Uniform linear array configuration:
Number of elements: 64
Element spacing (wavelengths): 0.25
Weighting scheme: exponential
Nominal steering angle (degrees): -15
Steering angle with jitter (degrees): -13.756
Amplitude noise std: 0.05
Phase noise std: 0.05

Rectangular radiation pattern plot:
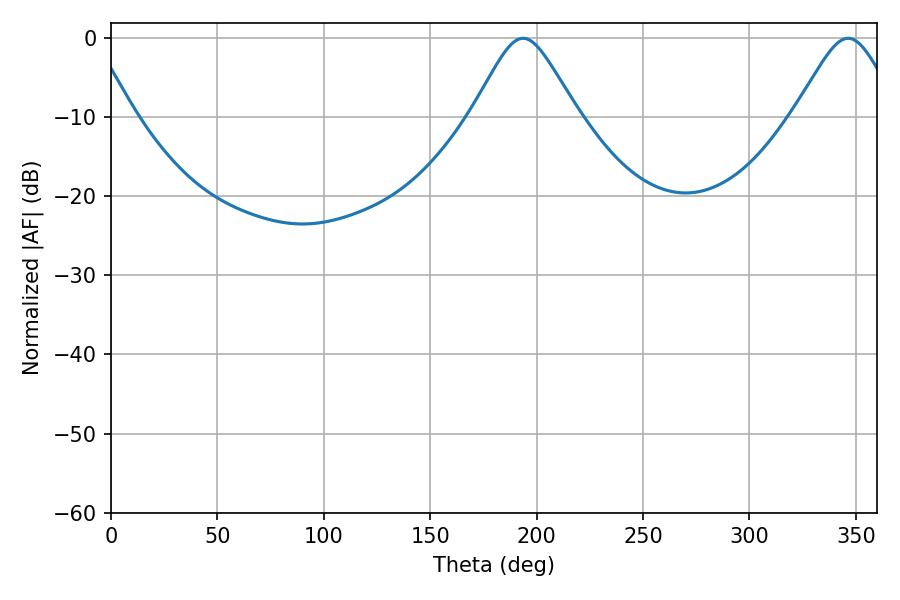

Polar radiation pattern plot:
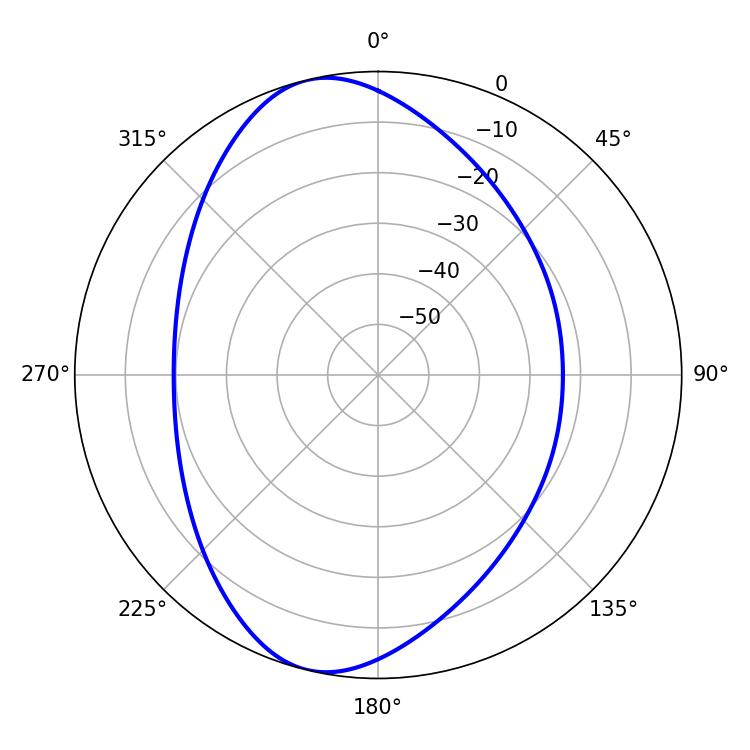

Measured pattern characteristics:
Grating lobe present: FALSE
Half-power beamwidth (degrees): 23.76
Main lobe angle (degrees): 193.68